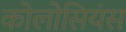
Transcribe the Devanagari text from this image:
कोलोसियंस